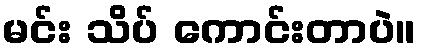
မင်း သိပ် ကောင်းတာပဲ။